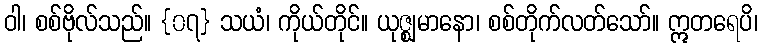
ဝါ၊ စစ်ဗိုလ်သည်။ {၀၇} သယံ၊ ကိုယ်တိုင်။ ယုဇ္ဈမာနော၊ စစ်တိုက်လတ်သော်။ ဣတရေပိ၊